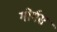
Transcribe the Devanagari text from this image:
गोर्गस